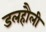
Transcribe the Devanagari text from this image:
डलहौली